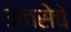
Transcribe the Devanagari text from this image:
अवसेचे